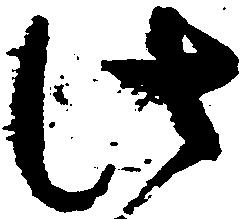
此